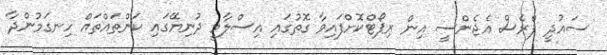
ސައުދީ ޕްރެސް އެޖެންސީ އިން ރިޕޯޓްކޮށްފައިވާ ގޮތުގައި އިސްލާމީ ދުނިޔޭގައި ކަންތައްތައް ހިނގަމުންދާ